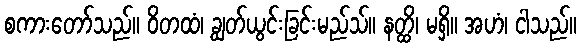
စကားတော်သည်။ ဝိတထံ၊ ချွတ်ယွင်းခြင်းမည်သ်။ နတ္ထိ၊ မရှိ။ အဟံ၊ ငါသည်။